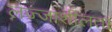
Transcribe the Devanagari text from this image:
लज्जाशीलता